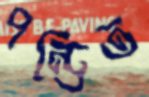
পন্ডিত